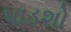
પાડશો